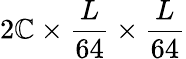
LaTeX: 2\mathbb{C}\times\frac{{L}}{{64}}\times\frac{{L}}{{64}}